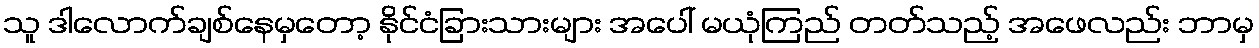
သူ ဒါလောက်ချစ်နေမှတော့ နိုင်ငံခြားသားများ အပေါ် မယုံကြည် တတ်သည့် အဖေလည်း ဘာမှ